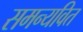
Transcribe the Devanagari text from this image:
समन्यवित